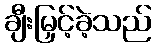
ချီးမြှင့်ခဲ့သည်